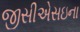
જીસીએસઇના